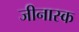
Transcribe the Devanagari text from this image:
जीनास्‍क